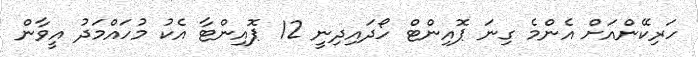
ހަރިކޭންއަށް އެންމެ ގިނަ ޕޮއިންޓް ހޯދައިދިނީ 12 ޕޮއިންޓާ އެކު މުހައްމަދު އީވާން